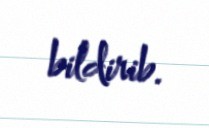
bildirib.